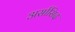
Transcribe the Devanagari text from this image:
अर्सासिद